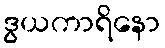
ဒွယကာရိနော